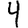
Digit: 4